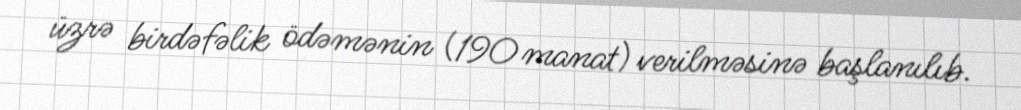
üzrə birdəfəlik ödəmənin (190 manat) verilməsinə başlanılıb.